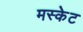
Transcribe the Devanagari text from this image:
मस्केट